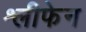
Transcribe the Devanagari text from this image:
श्लीफेन